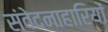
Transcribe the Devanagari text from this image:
संवेदनाहारियों